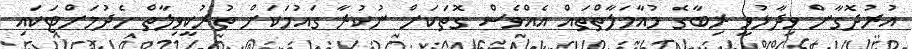
އުރުދޮގާން ވިދާޅުވީ ރިބާގެ މުއާމަލާތްތައް އެއްވެސް ގޮތަކަށް ނުކުރާ ގައުމަކަށް ތުރުކީވިލާތް ހެދުމަށްޓަކައި